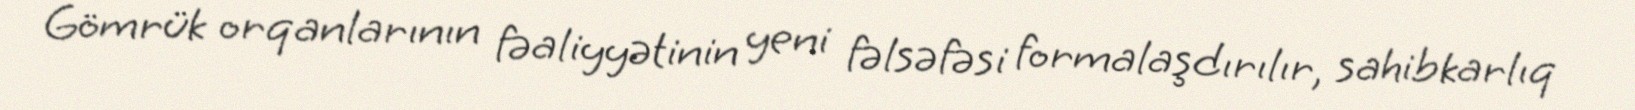
Gömrük orqanlarının fəaliyyətinin yeni fəlsəfəsi formalaşdırılır, sahibkarlıq